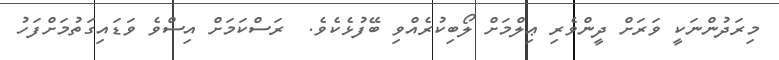
މިރަދުންނަކީ ވަރަށް ދީންވެރި ޢިލްމަށް ލޯބިކުރެއްވި ބޭފުޅެކެވެ.  ރަސްކަމަށް އިސްވެ ވަޑައިގަތުމަށްފަހު